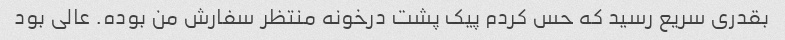
بقدری سریع رسید که حس کردم پیک پشت درخونه منتظر سفارش من بوده. عالی بود